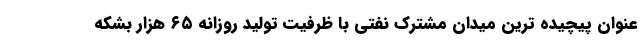
عنوان پیچیده ترین میدان مشترک نفتی با ظرفیت تولید روزانه ۶۵ هزار بشکه